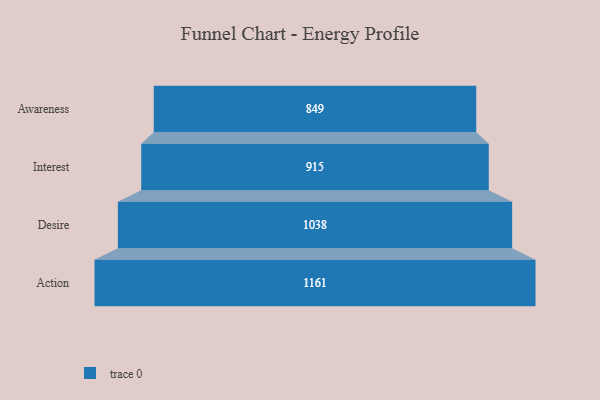
{"axis": {"x": "Stage", "y": "Value"}, "legend": [""], "data": [{"x": "Awareness", "y": 849.0, "type": ""}, {"x": "Interest", "y": 915.0, "type": ""}, {"x": "Desire", "y": 1038.0, "type": ""}, {"x": "Action", "y": 1161.0, "type": ""}]}